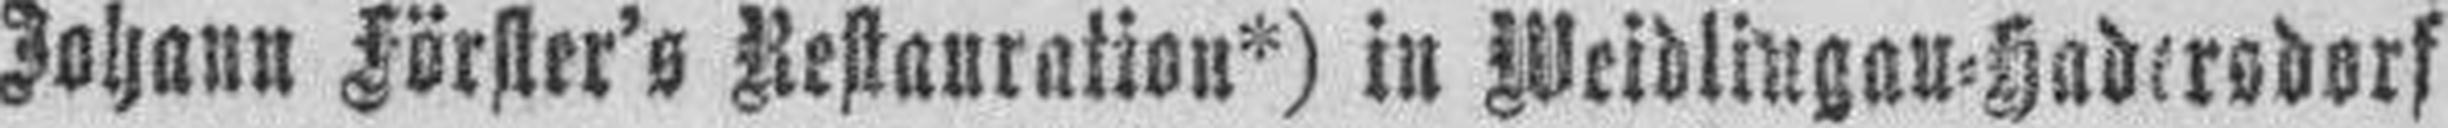
Johann Förster's Restauration*) in Weidlingau=Hadersdorf